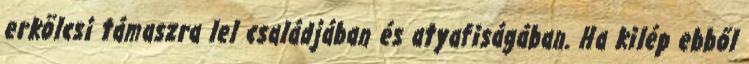
erkölcsi támaszra lel családjában és atyafiságában. Ha kilép ebből